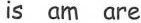
is am are